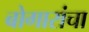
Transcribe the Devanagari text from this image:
बोगारांचा